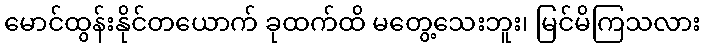
မောင်ထွန်းနိုင်တယောက် ခုထက်ထိ မတွေ့သေးဘူး၊ မြင်မိကြသလား